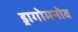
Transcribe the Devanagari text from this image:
ड्रागोमनोव